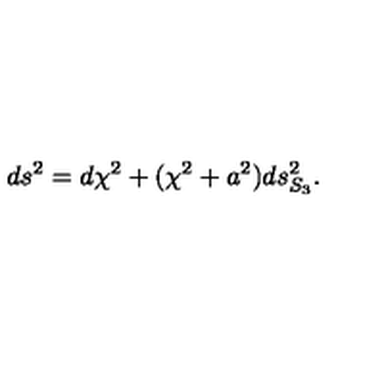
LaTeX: d s ^ { 2 } = d \chi ^ { 2 } + ( \chi ^ { 2 } + a ^ { 2 } ) d s _ { S _ { 3 } } ^ { 2 } .